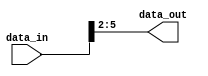
module PartSelectContinuousAssignment (
    input wire [15:0] data_in,  // Input signal defined as a 16-bit vector
    output wire [3:0] data_out   // Output signal defined as a 4-bit vector
);

// Part select: selecting bits 5 to 2 from the input data_in
assign data_out = data_in[5:2]; // Continuous assignment operation

endmodule